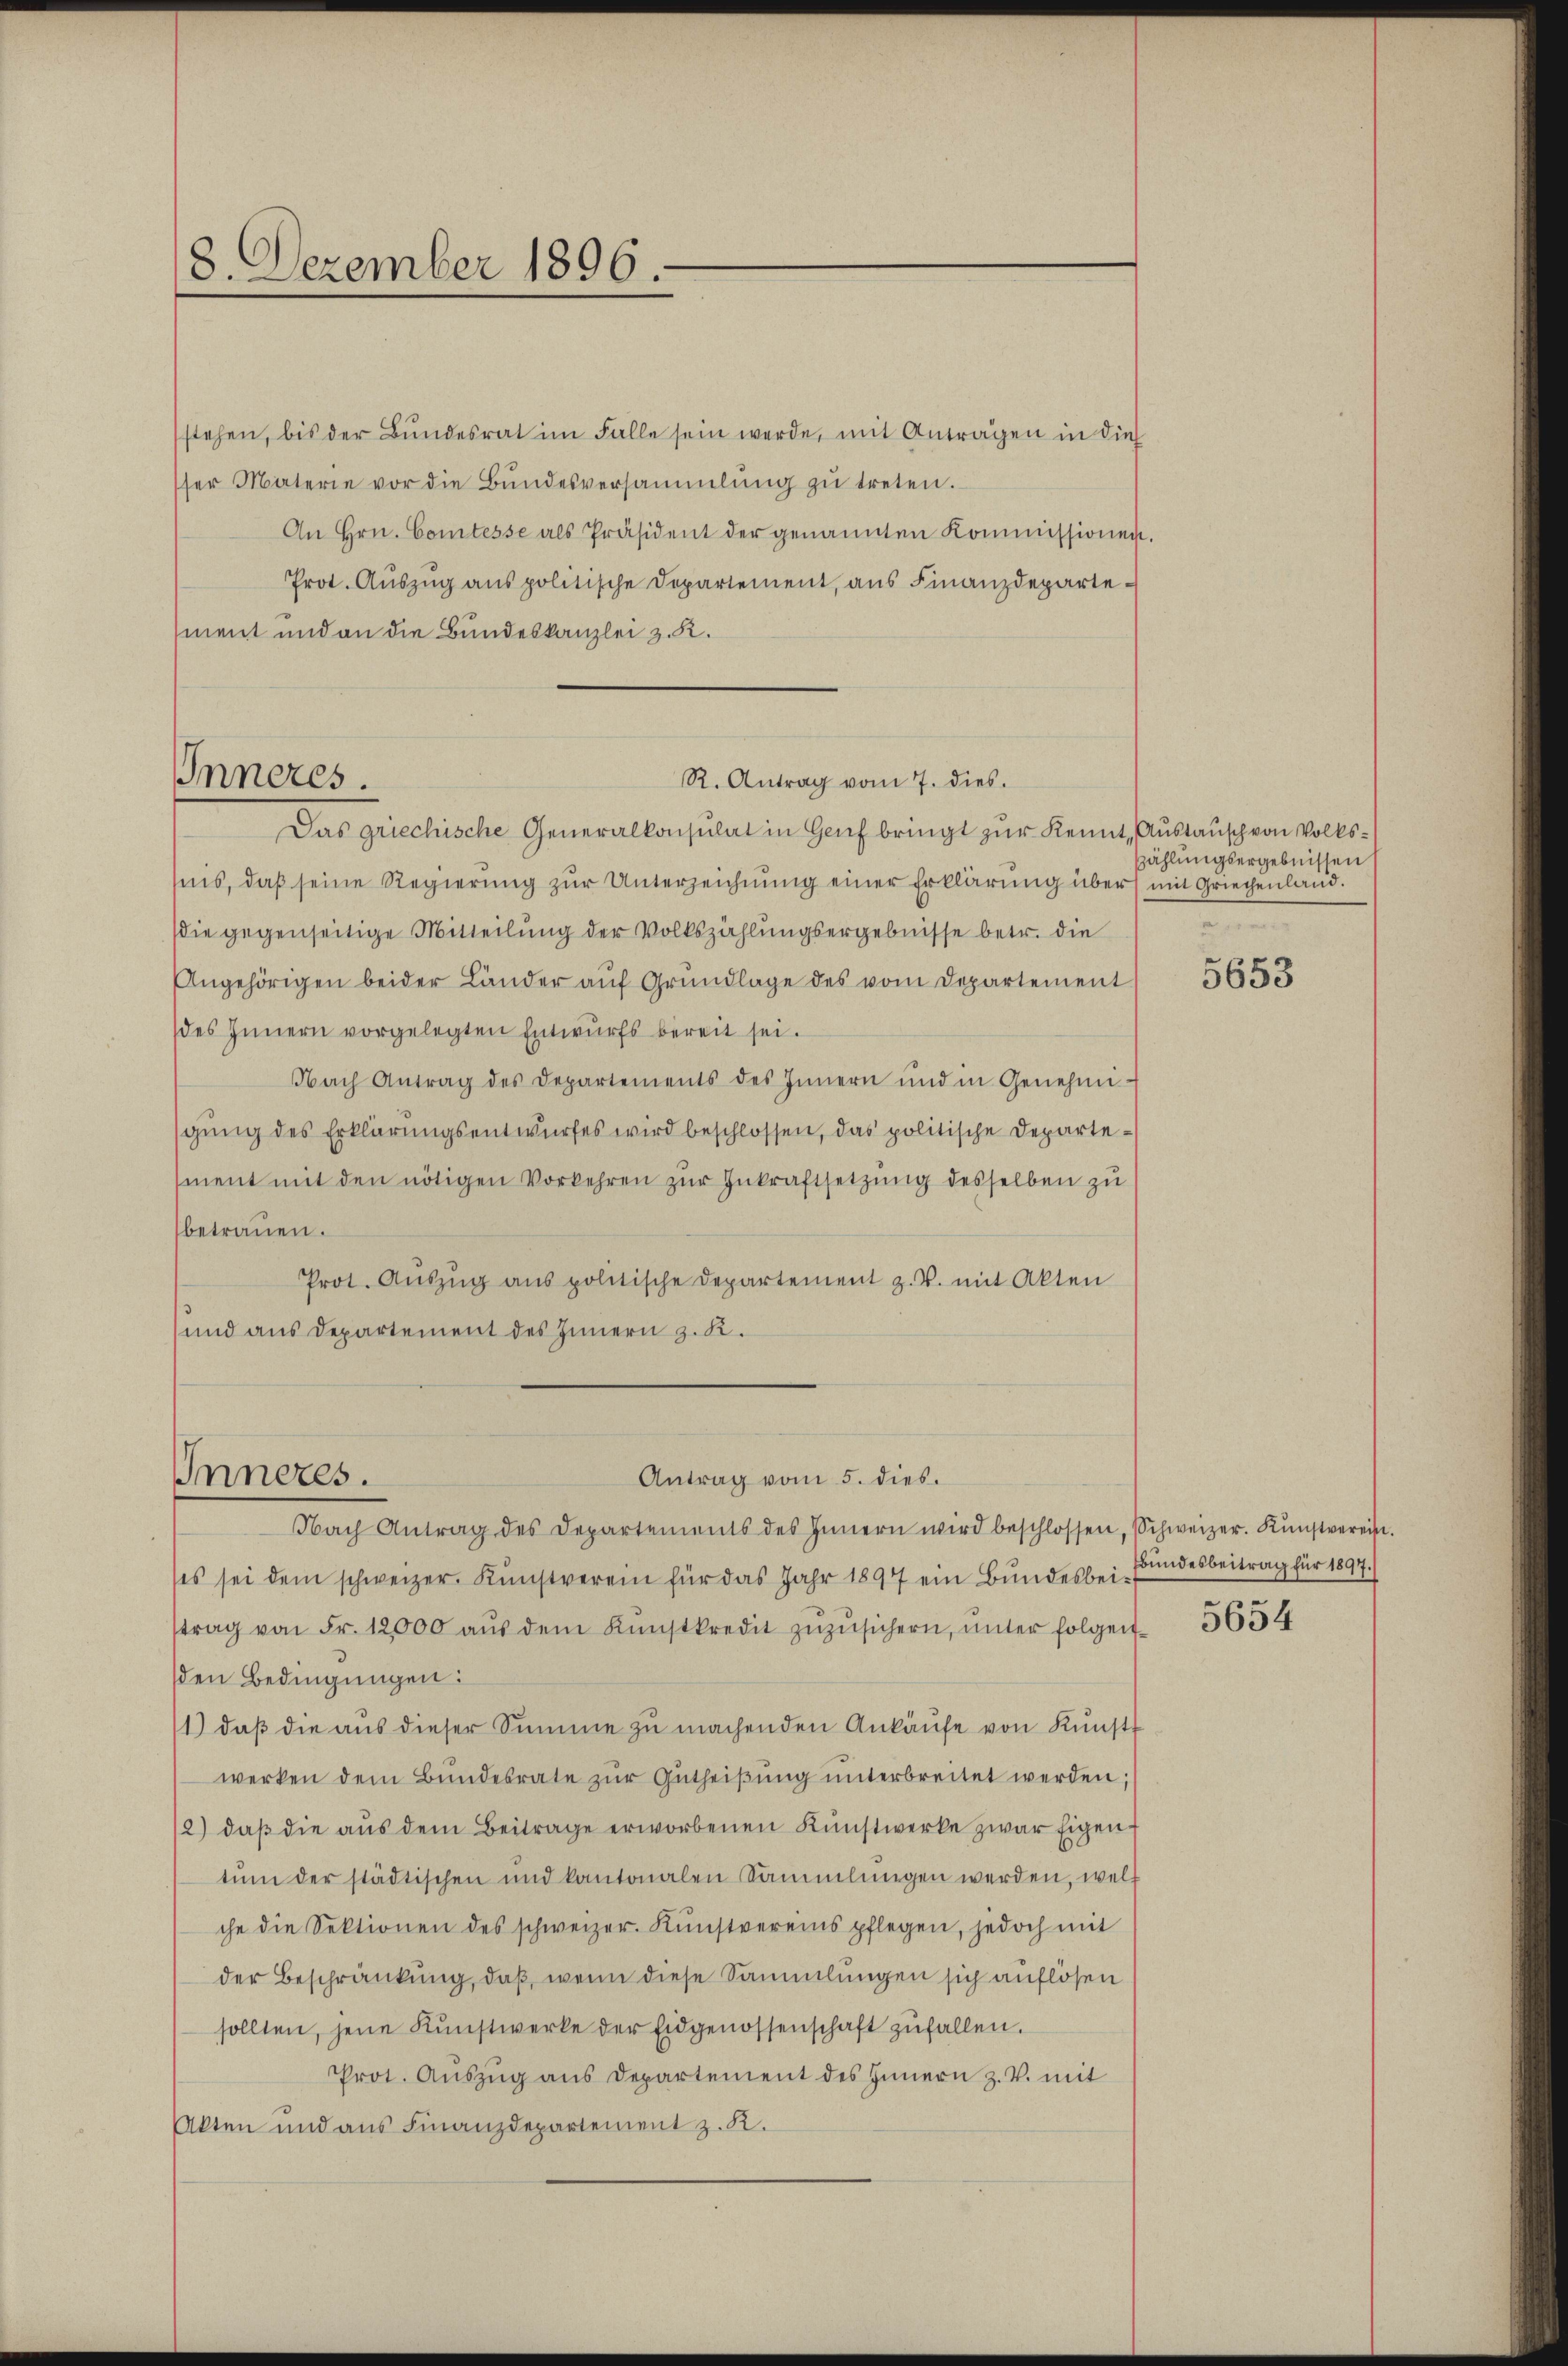
18. Dezember 1896.

stehen, bis der Bundesrat im Falle sein werde, mit Antragen in die
ser Materie vor die Bŭndesversammlung zŭ treten.
An Hrn. Comtesse als Präsident der genannten Kommissionen.
Prot. Aŭszŭg ans politische Departement, ans Finanzdeparte
ment und an die Bundeskanzlei z. K.

Inneres

Das griechische Generalkonsulat in Genf bringt zur Kennt, „Austausch von Volkssins, daβ seine Regierŭng zŭr Unterzeichnŭng einer Erklärung über mit Griechenland.
die gegenseitige Mitteilung der Volkszählungsergebnisse betr. die
Angehörigen beider Länder aŭf Grundlage des vom Departement
des Innern vorgelegten Entwurfs bereit sei.
Nach Antrag des Departements des Innern und in Genehmi-
gung des Erklärungsentwurfes wird beschlossen, das politische Departement mit den nötigen Vorkehren zŭr Inkraftsetzung desselben zu
betrauen.
Prot. Aŭszŭg ans politische Departement z. B. mit Akten
und aus Departement des Innern z. R.

R. Antrag vom 7. dies.

Antrag vom 5. dies.
Inneres.
Nach Antrag des Departements des Innern wird beschlossen, Schweizer. Kŭnstvereite

zählungsergebnissen

ses sei dem schweizer. Kŭnstverein für das Jahr 1897 ein Bŭndesbeitrag von Fr. 12000 aŭs dem Kŭnstkredit zŭzŭsichern, unter folgenden Bedingungen:
1) daβ die aŭs dieser Summe zŭ machenden Ankaŭfe von Kŭnst
werken dem Bŭndesrate zŭr Gŭtheißung unterbreitet werden;
2) daβ die aŭs dem Beitrage erworbenen Kŭnstwerke zwar Eigen.
tŭm der städtischen und kantonalen Sammlungen werden, welt
che die Sektionen des schweizer. Kŭnstvereins pflegen, jedoch mit
der Beschränkung, daß, wenn diese Sammlungen sich auflösen
sollten, jene Kŭnstwerke der Eidgenossenschaft zufallen.
Prot. Aŭszŭg aŭs Departement des Innern z. V. mit
Akten und aus Finanzdepartement z. K.

5653

Bundesbeitrag für 1897.)

5654